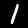
Label: 1